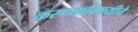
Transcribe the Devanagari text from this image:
करण्याविषयीचे